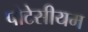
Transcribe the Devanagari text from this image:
पोटेसीयम